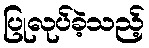
ပြုလုပ်ခဲ့သည့်